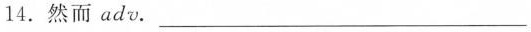
14. 然而 adv. ___